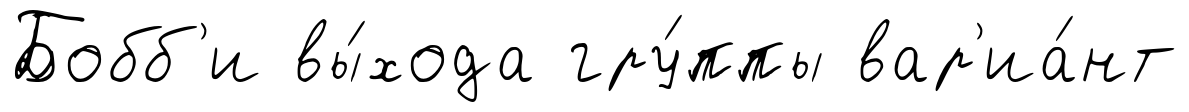
Бобб'и вы́хода гру́ппы вар'иа́нт